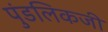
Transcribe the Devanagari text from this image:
पुंडलिकजी